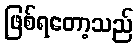
ဖြစ်ရတော့သည်